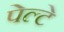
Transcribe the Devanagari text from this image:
पेल्टे